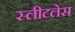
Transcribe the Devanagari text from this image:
स्लीटलेस